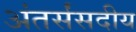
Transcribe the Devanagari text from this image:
अंतर्संसदीय